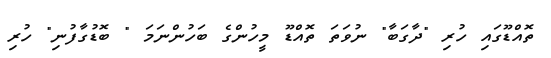
ތޮއްޑޫގައި ހުރި "ދާގަބާ" ނުވަތަ ތޮއްޑޫ މީހުންގެ ބަހުންނަމަ " ބޮޑުގާފުނި" ހުރި